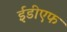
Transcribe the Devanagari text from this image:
ईडीएफ